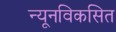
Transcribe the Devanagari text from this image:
न्यूनविकसित